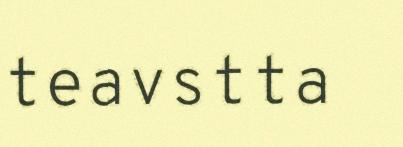
teavstta